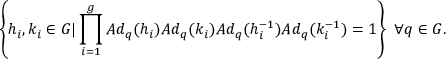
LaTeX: \left\{ h _ { i } , k _ { i } \in G \vert \prod _ { i = 1 } ^ { g } A d _ { q } ( h _ { i } ) A d _ { q } ( k _ { i } ) A d _ { q } ( h _ { i } ^ { - 1 } ) A d _ { q } ( k _ { i } ^ { - 1 } ) = 1 \right\} \, \, \forall q \in G .